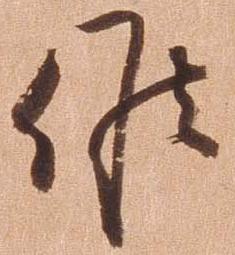
候